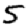
Digit: 5